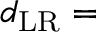
d _ { \mathrm { L R } } =